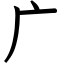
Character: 广